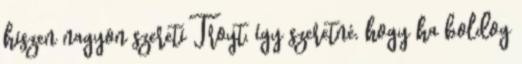
hiszen nagyon szereti Troyt, így szeretné, hogy ha boldog